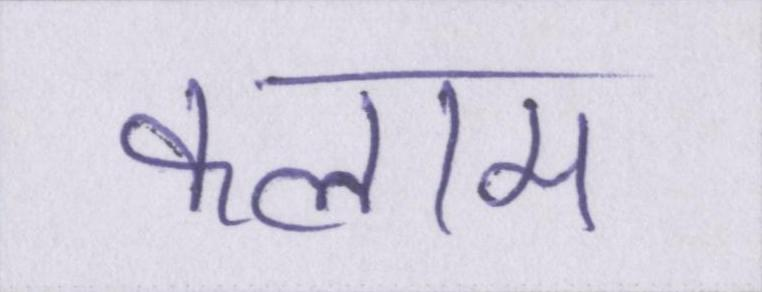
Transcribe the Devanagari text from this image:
कलाम